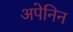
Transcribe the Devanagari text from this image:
अपेनिन